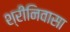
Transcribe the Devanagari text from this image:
श्रीनिवासा